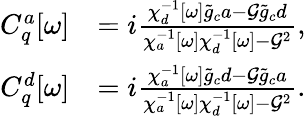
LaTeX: \begin{array}{rl}{C_{q}^{a}[\omega]}&{=i\frac{\chi_{d}^{-1}[\omega]\tilde{g}_{c}a-\mathcal{G}\tilde{g}_{c}d}{\chi_{a}^{-1}[\omega]\chi_{d}^{-1}[\omega]-\mathcal{G}^{2}},}\\ {C_{q}^{d}[\omega]}&{=i\frac{\chi_{a}^{-1}[\omega]\tilde{g}_{c}d-\mathcal{G}\tilde{g}_{c}a}{\chi_{a}^{-1}[\omega]\chi_{d}^{-1}[\omega]-\mathcal{G}^{2}}.}\end{array}